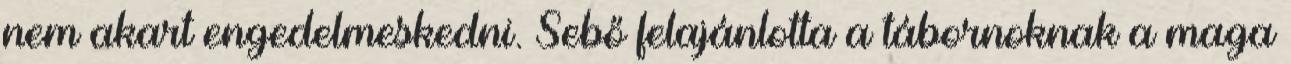
nem akart engedelmeskedni. Sebő felajánlotta a tábornoknak a maga